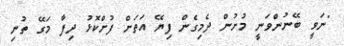
"ނަވީ ބޭނުންވަނީ މުށުން ދެމިގެން ފިޔޭ އަތަށް ފުށްކޮޅު ދިފާ މަގޭ ތުނި